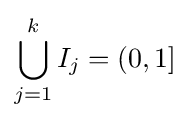
\bigcup _{j=1}^{k}I_{j}=(0,1]